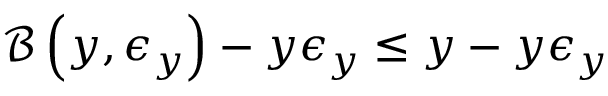
\mathcal { B } \left( y , \epsilon _ { y } \right) - y \epsilon _ { y } \le y - y \epsilon _ { y }